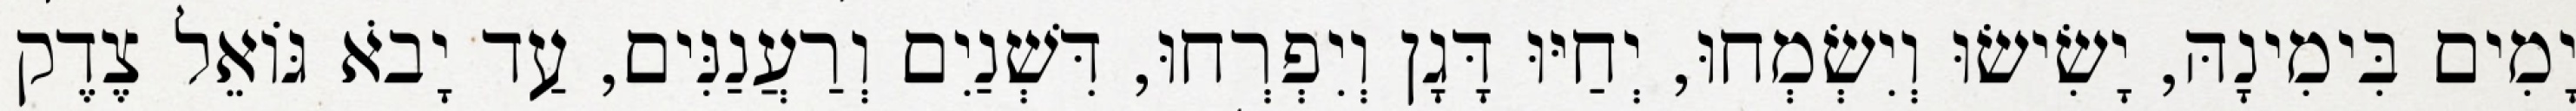
יָמִים בִּימִינָהּ, יָשִׂישׂוּ וְיִשְׂמְחוּ, יְחַיּוּ דָּגָן וְיִפְרְחוּ, דִּשְׁנַיִם וְרַעֲנַנִּים, עַד יָבֹא גּוֹאֵל צֶדֶק